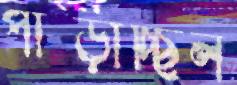
পাছ্‌ড়াচ্ছিল